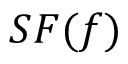
S F ( f )